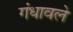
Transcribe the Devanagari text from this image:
गंधावले